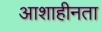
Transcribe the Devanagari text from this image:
आशाहीनता